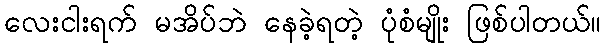
လေးငါးရက် မအိပ်ဘဲ နေခဲ့ရတဲ့ ပုံစံမျိုး ဖြစ်ပါတယ်။